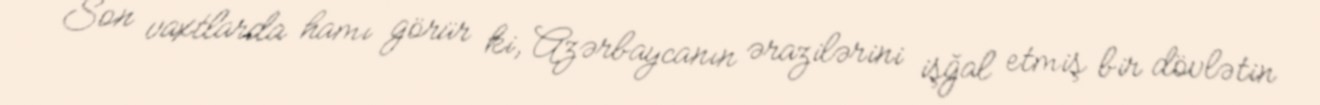
Son vaxtlarda hamı görür ki, Azərbaycanın ərazilərini işğal etmiş bir dövlətin